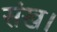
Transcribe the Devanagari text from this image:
संख।